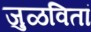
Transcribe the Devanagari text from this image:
जुळवितां